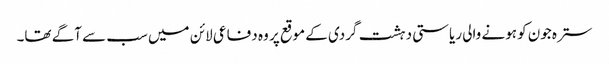
سترہ جون کو ہونے والی ریاستی دہشت گردی کے موقع پر وہ دفاعی لائن میں سب سے آگے تھا۔